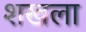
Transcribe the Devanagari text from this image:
शखला